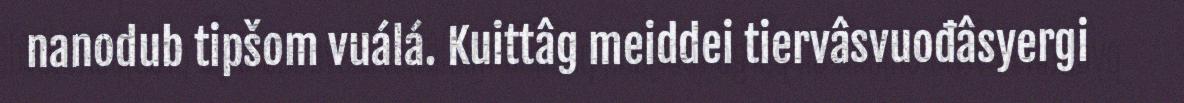
nanodub tipšom vuálá. Kuittâg meiddei tiervâsvuođâsyergi